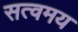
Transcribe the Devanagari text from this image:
सत्वमय